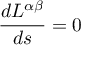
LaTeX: \frac { d L ^ { \alpha \beta } } { d s } = 0